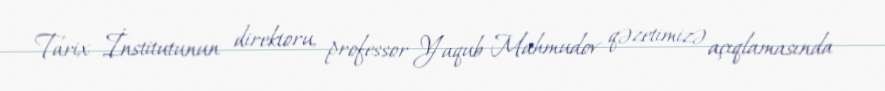
Tarix İnstitutunun direktoru, professor Yaqub Mahmudov qəzetimizə açıqlamasında